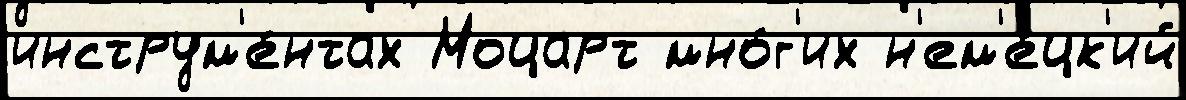
инструм'е́нтах Моцарт мно́г'их н'ем'е́цк'ий